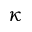
\kappa